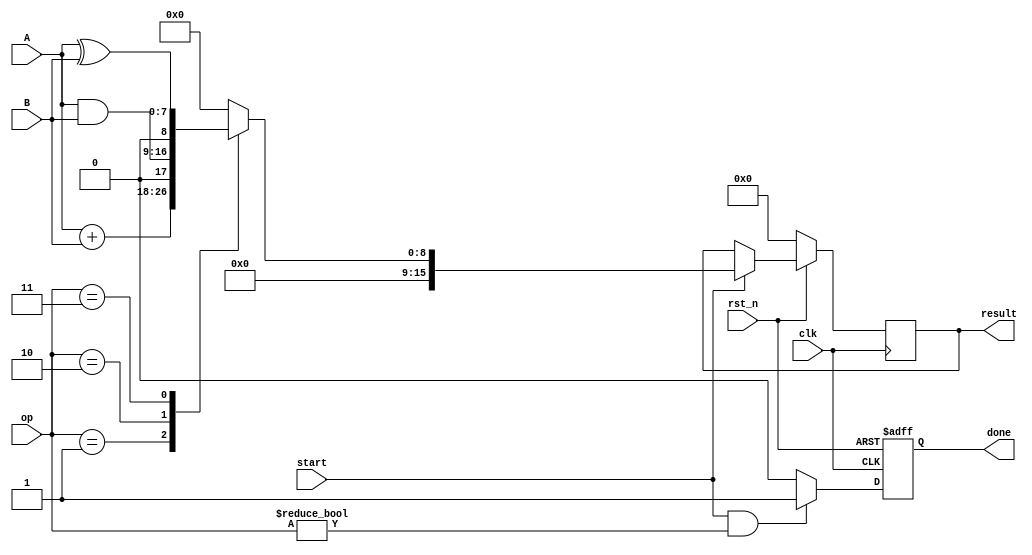
module single_alu(
  input clk,
  input rst_n,
  input [7:0] A,
  input [7:0] B,
  input [2:0] op,
  input start,
  output done,
  output [15:0] result
);

reg[15:0] result_r;
reg done_r;

assign result = result_r;
assign done = done_r;

always@(posedge clk ) begin //synchronize
  if(rst_n == 1'b0) begin
    result_r <= 'b0; 
  end
  else begin
    if(start == 1'b1) begin
      case(op)
        3'b001:result_r <= A+B;
        3'b010:result_r <= A&B;
        3'b011:result_r <= A^B;
        default: result_r <= 'b0;
      endcase
    end
  end
  $display("@ %0t : [single alu] result is %d !!!",$time,result_r);
end

always @(posedge clk or negedge rst_n) begin
  if(rst_n == 1'b0) done_r <= 1'b0;
  else begin
    if(start==1'b1 && op != 3'b000) begin
      done_r <= 1'b1;
    end
    else done_r <= 1'b0;
  end
end

endmodule